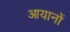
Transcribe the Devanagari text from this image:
आयानों